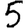
Digit: 5